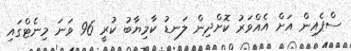
ސްޕެއިން އަށް އެއްވަރު ކޮށްދިން ލަނޑު ކާމިޔާބު ކުރީ 96 ވަނަ މިނެޓްގައި